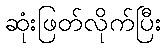
ဆုံးဖြတ်လိုက်ပြီး